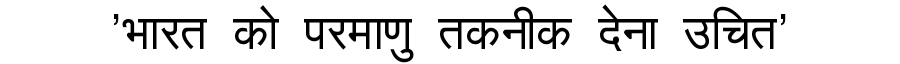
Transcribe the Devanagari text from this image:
'भारत को परमाणु तकनीक देना उचित'